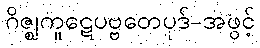
ဂိဇ္ဈကူဋေပဗ္ဗတေပုဒ်-အဖွင့်